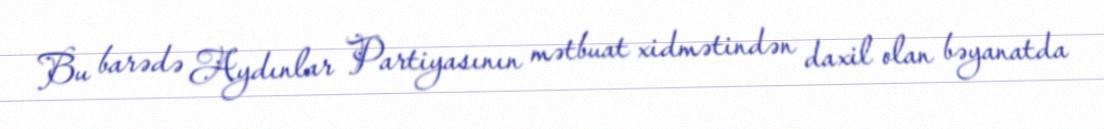
Bu barədə Aydınlar Partiyasının mətbuat xidmətindən daxil olan bəyanatda